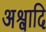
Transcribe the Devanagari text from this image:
अश्वादि